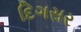
દિગસર